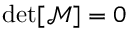
\operatorname* { d e t } [ \mathcal { M } ] = 0